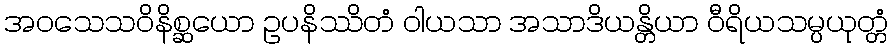
အဝသေသဝိနိစ္ဆယော ဥပနိဿိတံ ဝါယသာ အသာဒိယန္တိယာ ဝီရိယသမ္ပယုတ္တံ